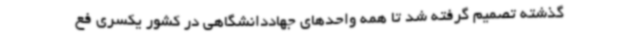
گذشته تصمیم گرفته شد تا همه واحدهای جهاددانشگاهی در کشور یکسری فع